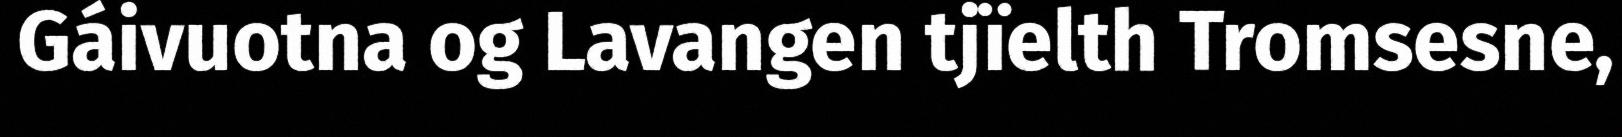
Gáivuotna og Lavangen tjïelth Tromsesne,